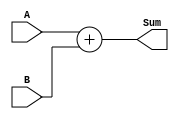
module adder(input [3:0] A, input [3:0] B, output reg [4:0] Sum);

always @* begin
    Sum = A + B;
end

endmodule